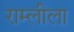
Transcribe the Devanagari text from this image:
राम्लीला